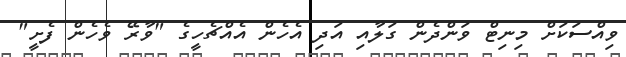
ވިއްސަކަށް މިނިޓް ވަންދެން ގަލާއި އަދި އެހެން އެއްޗެހީގެ "ވާރޭ ވެހެން ފެށީ"